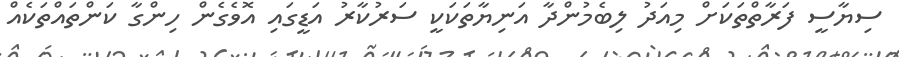
ސިޔާސީ ފަރާތްތަކަށް މިއަދު ލިބެމުންދާ އަނިޔާތަކަކީ ސަރުކާރު އަޑީގައި އޮވެގެން ހިންގާ ކަންތައްތަކެއް